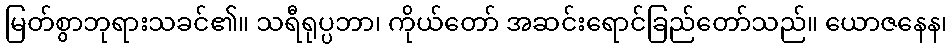
မြတ်စွာဘုရားသခင်၏။ သရီရုပ္ပဘာ၊ ကိုယ်တော် အဆင်းရောင်ခြည်တော်သည်။ ယောဇနေန၊